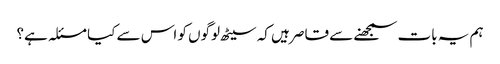
ہم یہ بات سمجھنے سے قاصر ہیں کہ سیٹھ لوگوں کو اس سے کیا مسئلہ ہے؟